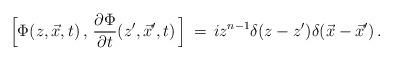
LaTeX: \begin{align*}\Big[ \Phi (z,\vec x ,t)\,,\,{\partial\Phi\over \partial t}(z^\prime,\vec x^\prime ,t)\,\Big]\,=\,i z^{n-1} \delta (z - z^\prime) \delta (\vec x - {\vec x}^\prime )\,.\end{align*}